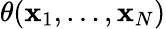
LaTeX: \theta(\mathbf{x}_{1},\ldots,\mathbf{x}_{N})